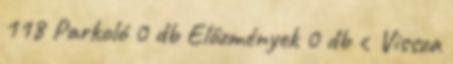
118 Parkoló 0 db Előzmények 0 db ‹ Vissza